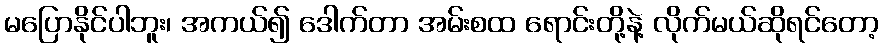
မပြောနိုင်ပါဘူး၊ အကယ်၍ ဒေါက်တာ အမ်းစထ ရောင်းတို့နဲ့ လိုက်မယ်ဆိုရင်တော့